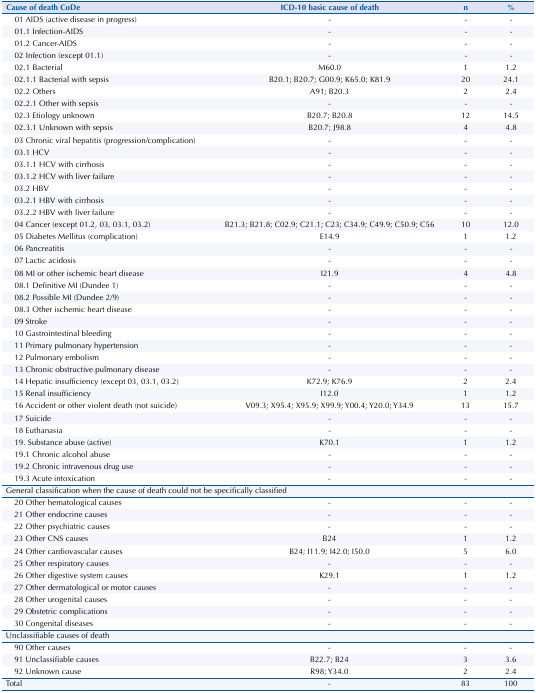
<table><thead><tr><td><b>Cause of death CoDe</b></td><td><b>ICD-10 basic cause of death</b></td><td><b>n</b></td><td><b>%</b></td></tr></thead><tbody><tr><td>01 AIDS (active disease in progress)</td><td>-</td><td>-</td><td>-</td></tr><tr><td>01.1 Infection-AIDS</td><td>-</td><td>-</td><td>-</td></tr><tr><td>01.2 Cancer-AIDS</td><td>-</td><td>-</td><td>-</td></tr><tr><td>02 Infection (except 01.1)</td><td>-</td><td>-</td><td>-</td></tr><tr><td>02.1 Bacterial</td><td>M60.0</td><td>1</td><td>1.2</td></tr><tr><td>02.1.1 Bacterial with sepsis</td><td>B20.1; B20.7; G00.9; K65.0; K81.9</td><td>20</td><td>24.1</td></tr><tr><td>02.2 Others</td><td>A91; B20.3</td><td>2</td><td>2.4</td></tr><tr><td>02.2.1 Other with sepsis</td><td>-</td><td>-</td><td>-</td></tr><tr><td>02.3 Etiology unknown</td><td>B20.7; B20.8</td><td>12</td><td>14.5</td></tr><tr><td>02.3.1 Unknown with sepsis</td><td>B20.7; J98.8</td><td>4</td><td>4.8</td></tr><tr><td>03 Chronic viral hepatitis (progression/complication)</td><td>-</td><td>-</td><td>-</td></tr><tr><td>03.1 HCV</td><td>-</td><td>-</td><td>-</td></tr><tr><td>03.1.1 HCV with cirrhosis</td><td>-</td><td>-</td><td>-</td></tr><tr><td>03.1.2 HCV with liver failure</td><td>-</td><td>-</td><td>-</td></tr><tr><td>03.2 HBV</td><td>-</td><td>-</td><td>-</td></tr><tr><td>03.2.1 HBV with cirrhosis</td><td>-</td><td>-</td><td>-</td></tr><tr><td>03.2.2 HBV with liver failure</td><td>-</td><td>-</td><td>-</td></tr><tr><td>04 Cancer (except 01.2, 03, 03.1, 03.2)</td><td>B21.3; B21.8; C02.9; C21.1; C23; C34.9; C49.9; C50.9; C56</td><td>10</td><td>12.0</td></tr><tr><td>05 Diabetes Mellitus (complication)</td><td>E14.9</td><td>1</td><td>1.2</td></tr><tr><td>06 Pancreatitis</td><td>-</td><td>-</td><td>-</td></tr><tr><td>07 Lactic acidosis</td><td>-</td><td>-</td><td>-</td></tr><tr><td>08 MI or other ischemic heart disease</td><td>I21.9</td><td>4</td><td>4.8</td></tr><tr><td>08.1 Definitive MI (Dundee 1)</td><td>-</td><td>-</td><td>-</td></tr><tr><td>08.2 Possible MI (Dundee 2/9)</td><td>-</td><td>-</td><td>-</td></tr><tr><td>08.3 Other ischemic heart disease</td><td>-</td><td>-</td><td>-</td></tr><tr><td>09 Stroke</td><td>-</td><td>-</td><td>-</td></tr><tr><td>10 Gastrointestinal bleeding</td><td>-</td><td>-</td><td>-</td></tr><tr><td>11 Primary pulmonary hypertension</td><td>-</td><td>-</td><td>-</td></tr><tr><td>12 Pulmonary embolism</td><td>-</td><td>-</td><td>-</td></tr><tr><td>13 Chronic obstructive pulmonary disease</td><td>-</td><td>-</td><td>-</td></tr><tr><td>14 Hepatic insufficiency (except 03, 03.1, 03.2)</td><td>K72.9; K76.9</td><td>2</td><td>2.4</td></tr><tr><td>15 Renal insufficiency</td><td>I12.0</td><td>1</td><td>1.2</td></tr><tr><td>16 Accident or other violent death (not suicide)</td><td>V09.3; X95.4; X95.9; X99.9; Y00.4; Y20.0; Y34.9</td><td>13</td><td>15.7</td></tr><tr><td>17 Suicide</td><td>-</td><td>-</td><td>-</td></tr><tr><td>18 Euthanasia</td><td>-</td><td>-</td><td>-</td></tr><tr><td>19. Substance abuse (active)</td><td>K70.1</td><td>1</td><td>1.2</td></tr><tr><td>19.1 Chronic alcohol abuse</td><td>-</td><td>-</td><td>-</td></tr><tr><td>19.2 Chronic intravenous drug use</td><td>-</td><td>-</td><td>-</td></tr><tr><td>19.3 Acute intoxication</td><td>-</td><td>-</td><td>-</td></tr><tr><td colspan="4">General classification when the cause of death could not be specifically classified</td></tr><tr><td>20 Other hematological causes</td><td>-</td><td>-</td><td>-</td></tr><tr><td>21 Other endocrine causes</td><td>-</td><td>-</td><td>-</td></tr><tr><td>22 Other psychiatric causes</td><td>-</td><td>-</td><td>-</td></tr><tr><td>23 Other CNS causes</td><td>B24</td><td>1</td><td>1.2</td></tr><tr><td>24 Other cardiovascular causes</td><td>B24; I11.9; I42.0; I50.0</td><td>5</td><td>6.0</td></tr><tr><td>25 Other respiratory causes</td><td>-</td><td>-</td><td>-</td></tr><tr><td>26 Other digestive system causes</td><td>K29.1</td><td>1</td><td>1.2</td></tr><tr><td>27 Other dermatological or motor causes</td><td>-</td><td>-</td><td>-</td></tr><tr><td>28 Other urogenital causes</td><td>-</td><td>-</td><td>-</td></tr><tr><td>29 Obstetric complications</td><td>-</td><td>-</td><td>-</td></tr><tr><td>30 Congenital diseases</td><td>-</td><td>-</td><td>-</td></tr><tr><td colspan="4">Unclassifiable causes of death</td></tr><tr><td>90 Other causes</td><td>-</td><td>-</td><td>-</td></tr><tr><td>91 Unclassifiable causes</td><td>B22.7; B24</td><td>3</td><td>3.6</td></tr><tr><td>92 Unknown cause</td><td>R98; Y34.0</td><td>2</td><td>2.4</td></tr><tr><td>Total</td><td>-</td><td>83</td><td>100</td></tr></tbody></table>